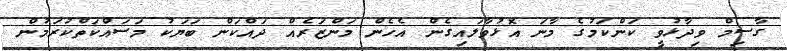
ގާސިމް ވިދާޅުވީ ކަންކަމުގެ މާނަ އޮޅުވާލައިގެން އެހެން މަންޒަރެއް ދައްކަން ބަޔަކު މަސައްކަތްކުރަމުން